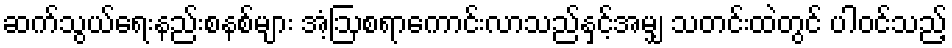
ဆက်သွယ်ရေးနည်းစနစ်များ အံ့ဩစရာကောင်းလာသည်နှင့်အမျှ သတင်းထဲတွင် ပါဝင်သည့်